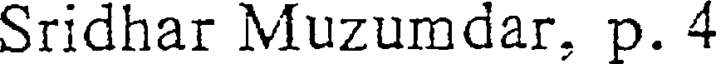
Sridhar Muzumdar, p. 4